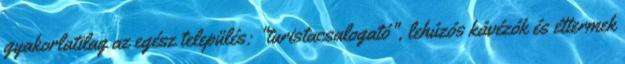
gyakorlatilag az egész település: "turistacsalogató", lehúzós kávézók és éttermek